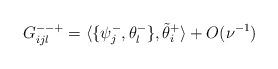
LaTeX: \begin{align*} G_{ijl}^{- - +}=\langle \{\psi_j^{-}, \theta_l^{-}\}, \tilde \theta_i^{+} \rangle + O(\nu^{-1})\end{align*}